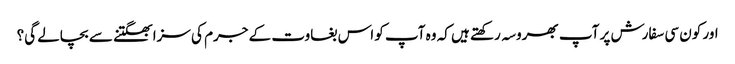
اور کون سی سفارش پر آپ بھروسہ رکھتے ہیں کہ وہ آپ کو اس بغاوت کے جرم کی سزا بھگتنے سے بچالے گی؟